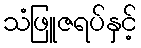
သံဖြူဇရပ်နှင့်